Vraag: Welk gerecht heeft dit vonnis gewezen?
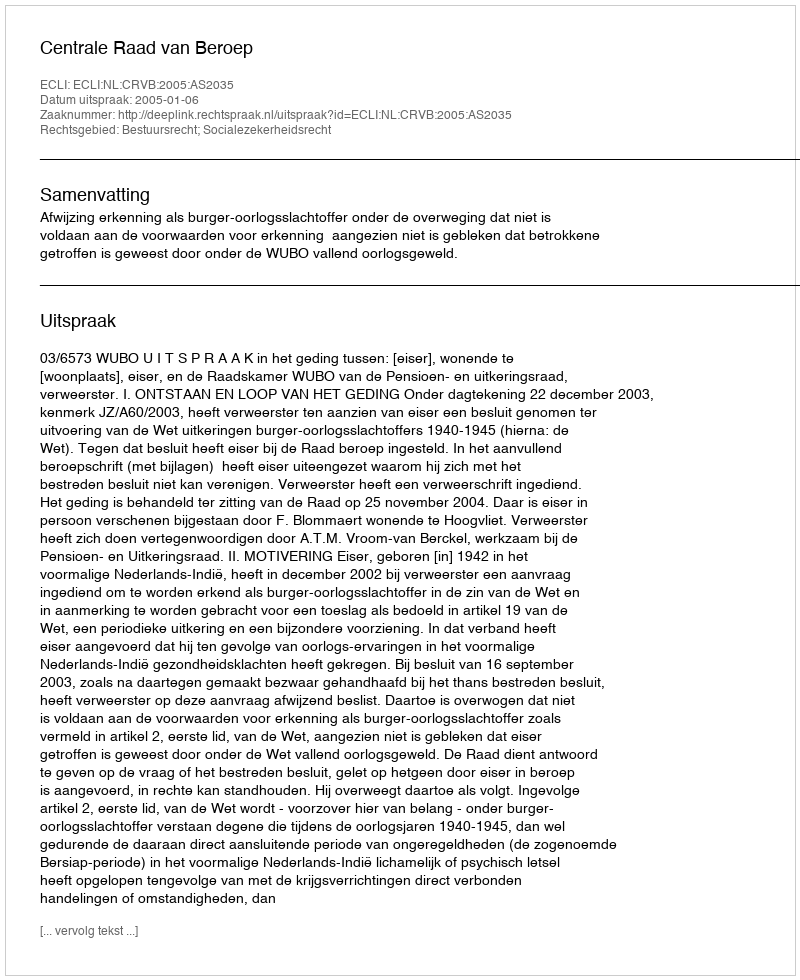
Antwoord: Centrale Raad van Beroep